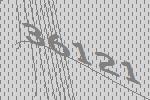
36121